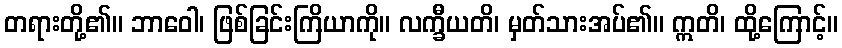
တရားတို့၏။ ဘာဝေါ၊ ဖြစ်ခြင်းကြိယာကို။ လက္ခီယတိ၊ မှတ်သားအပ်၏။ ဣတိ၊ ထို့ကြောင့်။